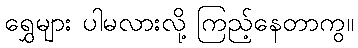
ရွှေများ ပါမလားလို့ ကြည့်နေတာကွ။